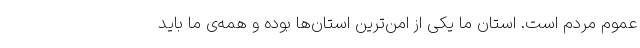
عموم مردم است. استان ما یکی از امن‌ترین استان‌ها بوده و همه‌ی ما باید